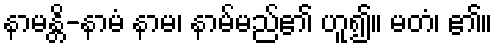
နာမန္တိ-နာမံ နာမ၊ နာမ်မည်၏ ဟူ၍။ မတံ၊ ၏။